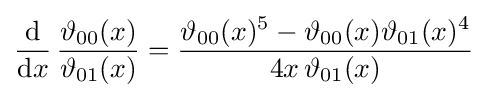
{\frac {\mathrm {d} }{\mathrm {d} x}}\,{\frac {\vartheta _{00}(x)}{\vartheta _{01}(x)}}={\frac {\vartheta _{00}(x)^{5}-\vartheta _{00}(x)\vartheta _{01}(x)^{4}}{4x\,\vartheta _{01}(x)}}